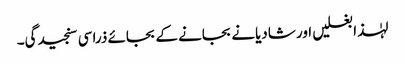
لہٰذا بغلیں اور شادیانے بجانے کے بجائے ذرا سی سنجیدگی۔